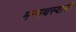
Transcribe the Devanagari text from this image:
मन्मथस्वामी